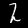
Digit: 2